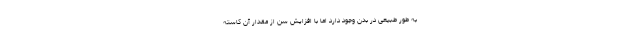
به طور طبیعی در بدن وجود دارد اما با افزایش سن از مقدار آن کاسته